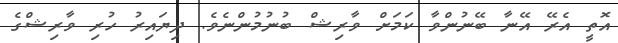
އޮތީ އެރޭ އޭނާ ބޭނުންވާ ކަމަށް ވާރިޝް ބުނުމުންނެވެ. ދިޔައިރު ހުރި ވާރިޝްގެ